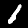
Label: 1